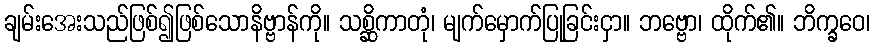
ချမ်းအေးသည်ဖြစ်၍ဖြစ်သောနိဗ္ဗာန်ကို။ သစ္ဆိကာတုံ၊ မျက်မှောက်ပြုခြင်းငှာ။ ဘဗ္ဗော၊ ထိုက်၏။ ဘိက္ခဝေ၊